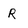
Character: R